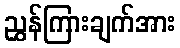
ညွှန်ကြားချက်အား